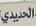
الحديدي